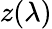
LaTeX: z(\lambda)